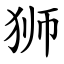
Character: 狮